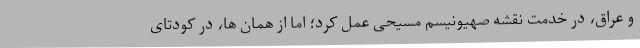
و عراق، در خدمت نقشه صهیونیسم مسیحی عمل کرد؛ اما از همان ها، در کودتای